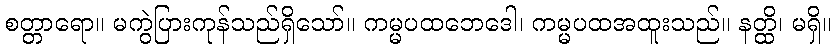
စတ္တာရော။ မကွဲပြားကုန်သည်ရှိသော်။ ကမ္မပထဘေဒေါ၊ ကမ္မပထအထူးသည်။ နတ္ထိ၊ မရှိ။